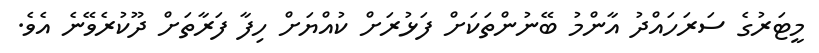
މީޓަރުގެ ސަރަހައްދު އާންމު ބޭނުންތަކަށް ފަޅުރަށް ކުއްޔަށް ހިފާ ފަރާތަށް ދޫކުރެވޭނެ އެވެ.